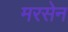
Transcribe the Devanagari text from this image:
मरसेन